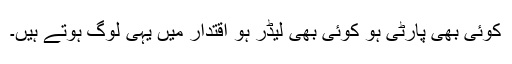
کوئی بھی پارٹی ہو کوئی بھی لیڈر ہو اقتدار میں یہی لوگ ہوتے ہیں۔